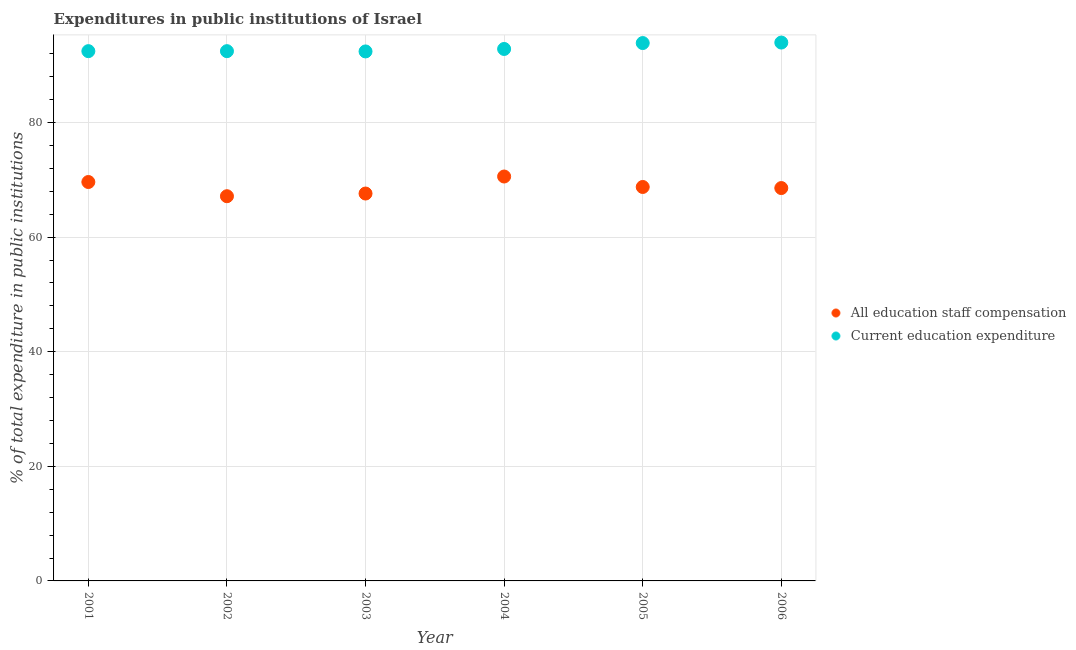
| Year | All education staff compensation | Current education expenditure |
 | --- | --- | --- |
 | 2001 | 69.6 | 92.5 |
 | 2002 | 67.1 | 92.5 |
 | 2003 | 67.6 | 92.4 |
 | 2004 | 70.6 | 92.8 |
 | 2005 | 68.8 | 93.9 |
 | 2006 | 68.6 | 94 |